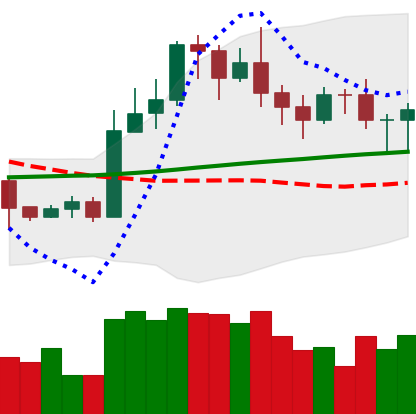
Ticker: LTC-USD
Chart end date: 2020-11-04
Forward return: 8.926%
Label: up_7plus